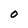
Character: O